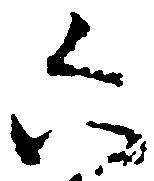
六